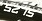
52 15